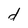
Character: d